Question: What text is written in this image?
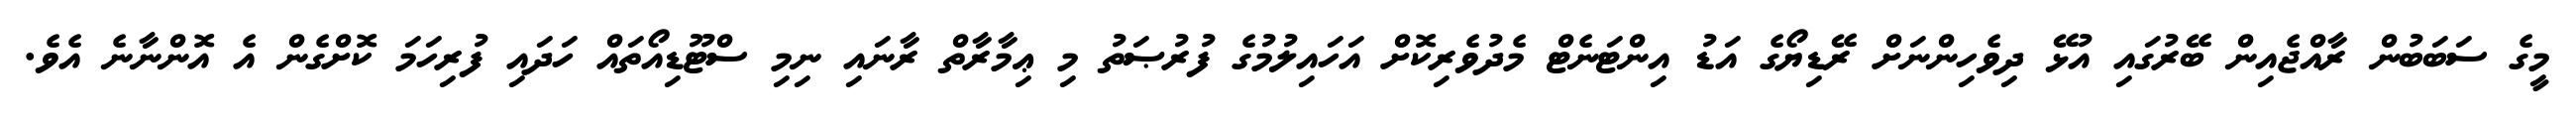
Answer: މީގެ ސަބަބުން ރާއްޖެއިން ބޭރުގައި އުޅޭ ދިވެހިންނަށް ރޭޑިޔޯގެ އަޑު އިންޓަނެޓް މެދުވެރިކޮށް އަހައިލުމުގެ ފުރުޞަތު މި ޢިމާރާތް ރާނައި ނިމި ސްޓޫޑިއޯތައް ހަދައި ފުރިހަމަ ކޮށްގެން އެ އޮންނާނެ އެވެ.